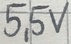
Text: 5,5V